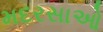
મદરસાઓ